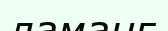
ламанг